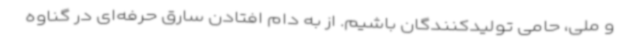
و ملی، حامی تولیدکنندگان باشیم. از به دام افتادن سارق حرفه‌ای در گناوه